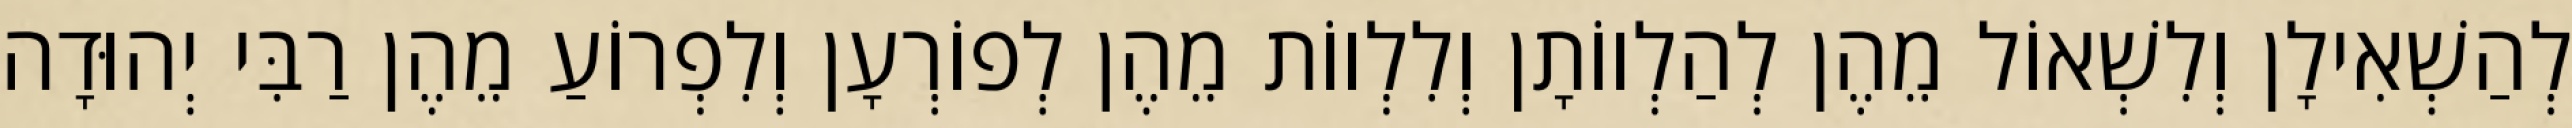
לְהַשְׁאִילָן וְלִשְׁאוֹל מֵהֶן לְהַלְווֹתָן וְלִלְווֹת מֵהֶן לְפוֹרְעָן וְלִפְרוֹעַ מֵהֶן רַבִּי יְהוּדָה